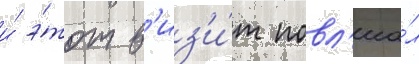
и́ э́тот в'из'и́т повл'иа́л